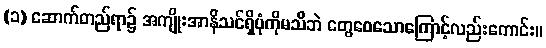
(၁) ဆောက်တည်ရာ၌ အကျိုးအာနိသင်ရှိပုံကိုမသိဘဲ တွေဝေသောကြောင့်လည်းကောင်း။